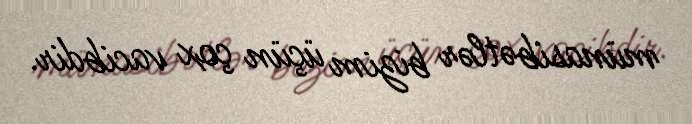
münasibətlər bizim üçün çox vacibdir.